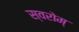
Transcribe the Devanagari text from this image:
स्वरोम्